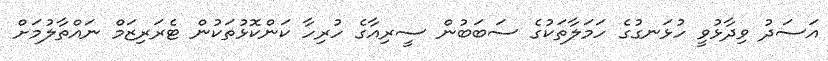
އަސަދު ވިދާޅުވީ ހުޅަނގުގެ ހަމަލާތަކުގެ ސަބަބުން ސީރިއާގެ ހުރިހާ ކަންކޮޅުތަކުން ޓެރަރިޒަމް ނައްތާލުމަށް